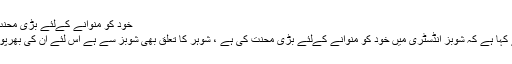
خود کو منوانے کےلئے بڑی محنت کی ہے ،عروہ حسین
اداکارہ عروہ حسین نے کہا ہے کہ شوبز انڈسٹری میں خود کو منوانے کےلئے بڑی محنت کی ہے ، شوہر کا تعلق بھی شوبز سے ہے اس لئے ان کی بھرپور سپورٹ حاصل ہے ۔